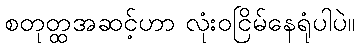
စတုတ္ထအဆင့်ဟာ လုံးဝငြိမ်နေရုံပါပဲ။